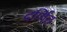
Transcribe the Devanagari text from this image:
दर्णित